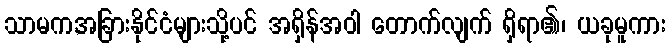
သာမက,အခြားနိုင်ငံများသို့ပင် အရှိန်အဝါ တောက်လျက် ရှိရာ၏၊ ယခုမူကား